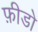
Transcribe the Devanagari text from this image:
फ़ीडो